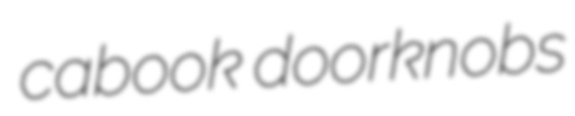
cabook doorknobs